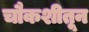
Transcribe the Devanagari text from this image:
चौकशीतून